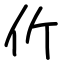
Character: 伒